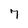
Character: 7